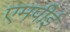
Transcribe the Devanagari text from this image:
एमपीई